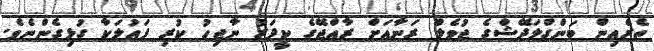
ތެރެއިން ބަންގްލަދޭޝްގެ ޖުވެލް ރަނާއަށް ރާއްޖޭގެ ކީޕަރު ނާޖިހު ކުރި ފައުލަކާ ގުޅިގެންނެވެ.